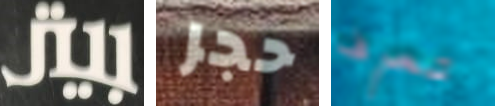
بيتر حجر تعرف